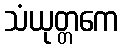
သံယုတ္တကေ